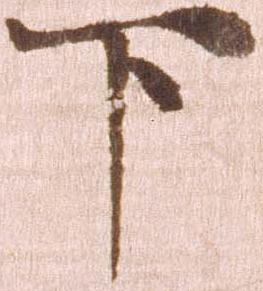
下